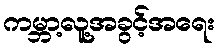
ကမ္ဘာ့လူ့အခွင့်အရေး